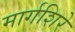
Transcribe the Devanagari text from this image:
मार्गशिरे